Annual statistical returns and brief notes on vaccination in Bengal - 1896-1909
Year: 1896
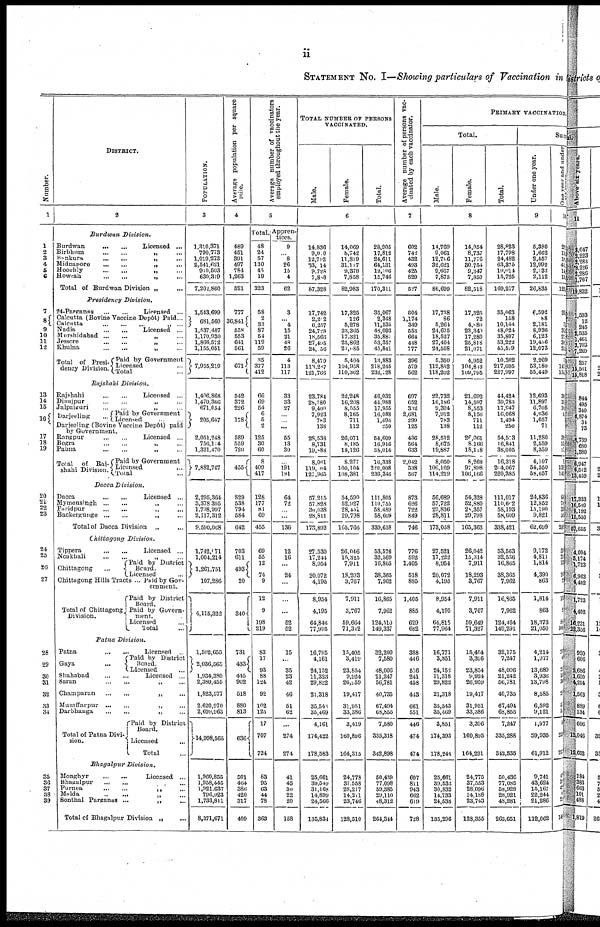
ii
STATEMENT No. I—Showing particulars of Vaccination in
Number.
1
1
2
3
4
5
6
7
8
9
10
11
12
13
14
15
16
17
18
19
20
21
22
23
24
25
26
27
28
29
30
31
32
33
34
35
36
37
38
39
DISTRICT.
2
Burdwan
Division.
Burdwan
...
...
Licensed ...
Birbhum
...
...
„ ...
Bankura
...
...
„
...
Midnapore
...
...
„
...
Hooghly
...
...
„ ...
Howrah
...
...
„
...
Total of Burdwan Division „ ...
Presidency
Division.
24-Parganns
...
...
Licensed ...
Calcutta (Bovine Vaccine Depôt) Paid...
Calcutta
...
...
...
„
...
Nadia
...
...
Licensed ...
Murshidabad ...
...
„ ...
Jessore
...
...
„
...
Khulna
...
...
„
...
Total of Presi-
dency Division.
Paid by Government
Licensed ...
Total ...
Rajshahi
Division.
Rajshahi
...
...
Licensed ...
Dinajpur ... ... „ ...
Jalpaiguri
...
...
„
...
Darjeeling ...
Paid by Government
Licensed ... ...
Darjeeling (Bovine Vaccine Depôt) paid
by Government
Rangpur ... ... Licensed ...
Bogra ... ... „ ...
Pabna
...
...
„
...
Total
of Rai¬
shahi Division.
Paid by Government
Licensed ...
Total ...
Dacca
Division.
Dacca ... ... Licensed ...
Mymensingh ... ... „ ...
Faridpur ... ... „ ...
Backerguuge
...
...
„
...
Total of Dacca Division „ ...
Chittagong
Division.
Tippera ... ... Licensed ...
Noakhali ... ... „ ...
Chittagong ...
Paid by District
Board.
Licensed ...
Chittagong Hills Tracts ... Paid by Gov-
ernment.
Total of Chittagong
Division.
Paid by District
Board.
Paid by Govern¬
ment.
Licensed ...
Total ...
Patna
Division.
Patna ... ... Licensed ...
Gaya ...
Paid by District
Board.
Licensed ...
Shahabad ... ... Licensed ...
Saran
...
...
„
...
Champaran ... ... „ ...
Muzaffarpur ... ... „ ...
Darbhanga
...
...
„
...
Total of Patna Divi-
sion.
Paid by District
Board.
Licensed ...
Total
Bhagalpur
Division.
Monghyr
...
...
Licensed ...
Bhagalpur
... ... „ ...
Purnea ... ... „ ...
Malda
...
...
„ ...
Sonthal Parganas ...
„
...
Total of Bhagalpur Division „ ...
POPULATION.
3
1,310,371
790,773
1,019,273
2,541,621
910,503
630,819
7,202,860
1,543,699
681,560
1,537,407
1,170,930
1,866,572
1,155,051
7,955,219
1,406,868
1,470,366
671,054
205,647
2,051,248
756,114
1,321,470
7,882,767
2,295,364
3,378,395
1,798,997
2,117,312
9,590,068
1,742,071
1,004,214
1,261,751
107,286
4,115,322
1,502,655
2,036,565
1,934,380
2,380,455
1,823,577
2,620,970
2,699,963
14,998,565
1,960,855
1,958,445
1,921,637
796,923
1,733,811
8,371,671
Average population per square
mile.
4
489
451
391
497
784
1,263
521
777
36,841
558
553
641
561
671
542
372
226
178
589
559
720
455
829
538
794
584
642
703
611
493
20
340
731
433
445
902
518
880
813
636
501
464
386
420
317
409
Average number of vaccinators
employed throughout the year.
5
Total.
48
24
57
130
41
19
323
58
2
33
87
54
119
59
35
377
412
66
69
54
6
5
2
125
30
60
8
409
417
128
177
81
69
455
69
55
12
74
9
12
9
198
219
83
17
93
88
124
92
102
125
17
707
724
83
95
63
44
78
363
Appren-
tices.
9
...
8
26
15
4
62
3
...
4
15
21
48
26
4
113
117
33
33
27
...
...
...
55
13
30
...
191
191
64
72
...
...
136
12
16
...
24
...
...
...
52
52
15
...
35
23
42
46
51
62
...
274
274
41
45
30
22
20
158
TOTAL NUMBER OF PERSONS
VACCINATED.
Male.
Female.
Total.
6
14,836
9,000
12,792
83,014
9,728
7,888
87,328
17,742
2,202 6,257
24,728
18,866
27,495
24,056
8,479
113,257
121,706
23,784
28,780
9,400
7,923
783
138
28,538
8,731
19,888
8,061
119,064
127,965
57,215
57,828
30,038
28,811
173,892
27,530
17,244
8,954
20,072
4,195
8,954
4,195
64,846
77,995
16,795
4,161
24,152
11,323
29,822
21,318
35,543
35,469
4,161
174,422
178,583
25,661
39,540
31,168
14,899
24,566
135,834
14,069
8,742
11,819
31,117
9,378
7,858
82,983
17,325
126
5,278
23,365
17,321
25,862
21,085
5,404
104,958
110,362
22,248
16,208
8,555
8,165
711
112
26,071
8,185
18,126
8,277
100,104
108,381
54,590
52,927
28,451
29,798
165,766
26,046
15,325
7,911
18,293
3,767
7,911
3,767
59,664
71,342
15,405
3,419
23,854
9,924
26,959
19,417
31,951
33,386
3,419
160,896
164,315
24,778
37,558
28,217
14,211
23,746
128,510
28,905
17,812
24,611
64,131
19,106
15,746
170,311
35,067
2,348
11,535
48,093
35,882
53,357
45,841
13,883
218,245
232,128
46,032
41,988
17,955
16,088
1,494
250
54,609
16,916
38,014
16,338
220,008
236,346
111,805
110,755
58,489
58,609
339,658
53,576
32,569
16,865
38,365
7,962
16,865
7,962
124,510
149,337
32,200
7,580
48,006
21,247
56,781
40,735
67,494
68,855
7,580
335,318
342,898
50,439
77,098
59,385
29,110
48,312
264,344
Average number of persons vac-
cinated by each vaccinator.
7
602
742
432
493
425
829
627
804
1,174
349
653
664
448
777
396
579
562
697
652
382
2,681
299
125
436
564
633
2,042
538
567
873
626
722
849
746
776
592
1,405
518
885
1,405
885
629
682
388
446
516
241
458
413
661
551
446
474
474
607
811
943
662
619
728
PRIMARY VACCINATION.
Total.
Male.
Female.
Total.
8
14,769
9,061
12,706
32,621
9,667
7,875
86,699
17,738
86
5,264
24,675
18,527
27,404
24,508
6,350
112,852
118,202
22,732
16,186
9,394
7,912
783
138
28,512
8,675
19,887
8,050
106,169
114,219
56,689
57,722
29,836
28,811
173,058
27,521
17,222
8,954
20,072
4,195
8,954
4,195
64,815
77,964
16,771
3,851
24,152
11,318
29,822
21,318
35,543
35,469
3,851
174,393
178,244
25,661
39,632
30,832
14,733
24,638
135,296
14,054
8,737
11,776
30,754
9,347
7,850
82,518
17,325
72
4,880
23,349
17,280
25,818
21,071
4,952
104,813
109,795
21,692
14,597
8,553
8,156
711
112
26,061
8,166
18,118
8,268
97,898
106,166
54,328
52,880
28,857
29,798
165,363
26,042
15,314
7,911
18,293
3,767
7,911
3,767
59,649
71,327
15,404
3,396
23,854
9,924
26,959
19,417
31,951
33,386
3,396
160,895
164,291
24,775
37,553
28,096
14,188
23,743
128,355
28,823
17,798
24,482
63,375
19,014
15,725
169,217
35,063
158
10,144
48,024
35,807
63,222
45,509
10,302
217,695
227,997
44,424
30,783
17,947
10,068
1,494
250
64,573
16,841
38,005
16,318
204,067
220,385
111,017
110,602
58,193
58,609
338,421
53,563
32,536
16,865
38,365
7,962
16,865
7,962
124,464
149,291
32,175
7,247
48,006
21,242
66,781
40,735
67,494
68,855
7,247
335,288
342,635
50,436
77,085
58,928
28,921
48,281
263,651
Succ
Under one year.
0
5,380
1,662
2,557
12,992
2,132
2,112
26,835
6,592
88
2,181
8,936
6,123
19,456
12,073
2,269
53,180
55,449
12,693
11,897
6,706
4,036
1,057
71
11,280
2,559
8,359
4,107
54,550
58,657
24,836
12,852
15,190
9,821
62,699
9,172
4,811
1,814
4,390
863
1,814
863
18,373
21,050
4,214
1,977
13,689
3,936
13,798
8,585
6,592
9,121
1,977
59,935
61,912
9,741
43,624
15,167
22,244
21,286
112,062
One year and under
six
years.
10
20
13
18
41
14
11
12
25
7
36
27
30
26
7
147
155
30
18
10
5
38 13
27
5
139
145
68
78
33
8
218
38
21 11
20
1
8
1
88
105
5
1
2 5
32
22
1
1
1
235
250
40
30
4
6 23
146